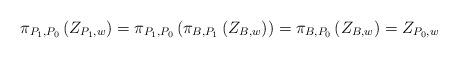
LaTeX: \begin{align*}\pi_{P_1,P_0}\left(Z_{P_1,w}\right)=\pi_{P_1,P_0}\left(\pi_{B,P_1}\left(Z_{B,w}\right)\right)=\pi_{B,P_0}\left(Z_{B,w}\right)=Z_{P_0,w}\end{align*}